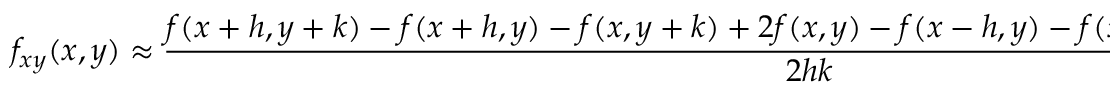
f _ { x y } ( x , y ) \approx { \frac { f ( x + h , y + k ) - f ( x + h , y ) - f ( x , y + k ) + 2 f ( x , y ) - f ( x - h , y ) - f ( x , y - k ) + f ( x - h , y - k ) } { 2 h k } } ,